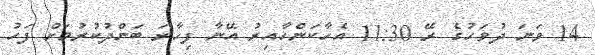
14 ވަނަ ދުވަހުގެ ރޭ 11:30 އެހާކަންހާއިރު އޭނާ ފިހާރަ ބަންދުކުރުމަށް ފަހު